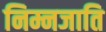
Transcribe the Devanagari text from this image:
निम्नजाति